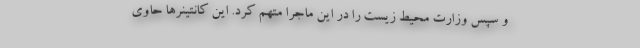
و سپس وزارت محیط زیست را در این ماجرا متهم کرد. این کانتینرها حاوی